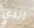
الذي